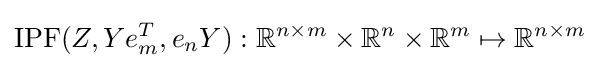
{\text{IPF}}(Z,Ye_{m}^{T},e_{n}Y):\mathbb {R} ^{n\times m}\times \mathbb {R} ^{n}\times \mathbb {R} ^{m}\mapsto \mathbb {R} ^{n\times m}